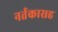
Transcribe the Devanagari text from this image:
नर्तकासह